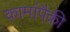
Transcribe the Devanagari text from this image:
कामांपैकी